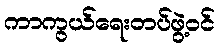
ကာကွယ်ရေးတပ်ဖွဲ့ဝင်